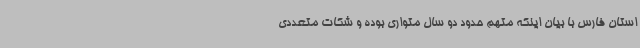
استان فارس با بیان اینکه متهم حدود دو سال متواری بوده و شکات متعددی